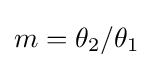
m=\theta _{2}/\theta _{1}\,\!